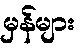
မှန်များ